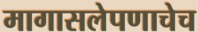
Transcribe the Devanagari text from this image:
मागासलेपणाचेच